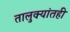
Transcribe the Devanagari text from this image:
तालुक्यांतही